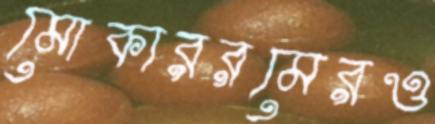
মোকাররমেরও